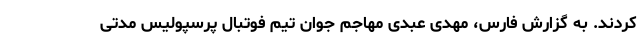
کردند. به گزارش فارس، مهدی عبدی مهاجم جوان تیم فوتبال پرسپولیس مدتی